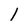
Character: 1